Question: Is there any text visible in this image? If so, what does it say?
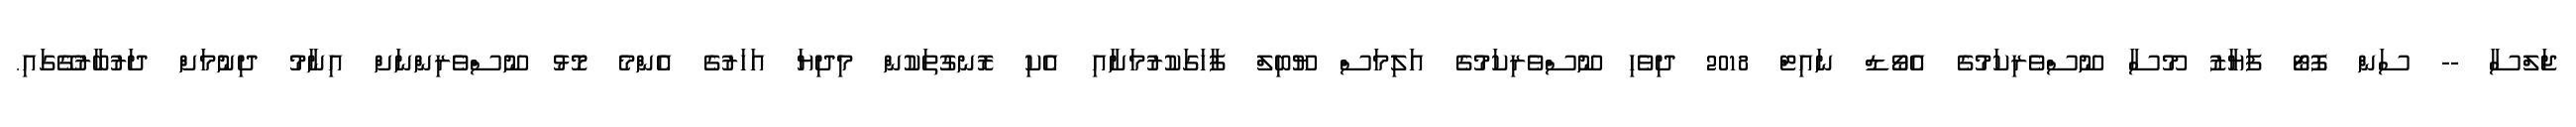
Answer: ޖަލްސާ -- ސަން ފޮޓޯ ފަޔާޒު މޫސާ ނޫސްވެރިކަމުގެ އެވޯޑް ނައިޓް 2018 ދިވެހި ނޫސްވެރިކަމުގެ އަލިމަސް ޔޫބިލް ފާހަގަކުރުމަށާއި އެކި ރޮނގުތަކުން މިދިޔަ އަހަރުގެ އެންމެ މޮޅު ނޫސްވެރިންނަށް އިނާމު ދިނުމަށް ދަރުބާރުގޭގައި.